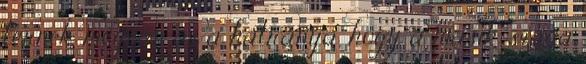
térnek megvan az a hátránya, hogy a másik szaga